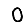
Digit: 0